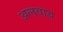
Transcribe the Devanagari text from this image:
अलवाय